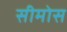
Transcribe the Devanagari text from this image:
सीमोस